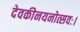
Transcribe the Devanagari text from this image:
देवकीनयनोत्सवः।